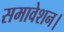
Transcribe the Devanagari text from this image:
समावेशन।